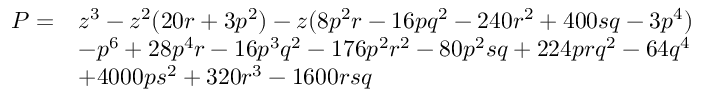
{ \begin{array} { r l } { P = } & { z ^ { 3 } - z ^ { 2 } ( 2 0 r + 3 p ^ { 2 } ) - z ( 8 p ^ { 2 } r - 1 6 p q ^ { 2 } - 2 4 0 r ^ { 2 } + 4 0 0 s q - 3 p ^ { 4 } ) } \\ & { - p ^ { 6 } + 2 8 p ^ { 4 } r - 1 6 p ^ { 3 } q ^ { 2 } - 1 7 6 p ^ { 2 } r ^ { 2 } - 8 0 p ^ { 2 } s q + 2 2 4 p r q ^ { 2 } - 6 4 q ^ { 4 } } \\ & { + 4 0 0 0 p s ^ { 2 } + 3 2 0 r ^ { 3 } - 1 6 0 0 r s q } \end{array} }